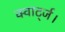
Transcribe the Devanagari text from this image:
क्वार्ट्ज।